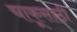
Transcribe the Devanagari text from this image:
चाकूसाठी